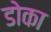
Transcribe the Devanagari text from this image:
डोका